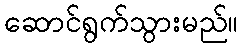
ဆောင်ရွက်သွားမည်။